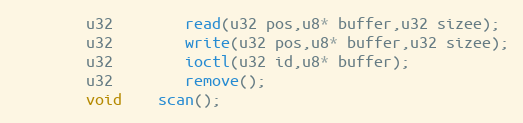
Language: C
		u32		read(u32 pos,u8* buffer,u32 sizee);
		u32		write(u32 pos,u8* buffer,u32 sizee);
		u32		ioctl(u32 id,u8* buffer);
		u32		remove();
		void	scan();